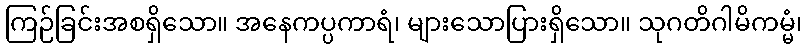
ကြဉ်ခြင်းအစရှိသော။ အနေကပ္ပကာရံ၊ များသောပြားရှိသော။ သုဂတိဂါမိကမ္မံ၊